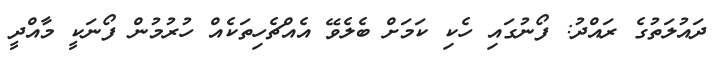
ދައުލަތުގެ ރައްދު: ފޯނުގައި ހެކި ކަމަށް ބެލެވޭ އެއްޗެހިތަކެއް ހުރުމުން ފޯނަކީ މާއްދީ